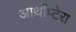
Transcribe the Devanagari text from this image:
आर्थोप्टेरा